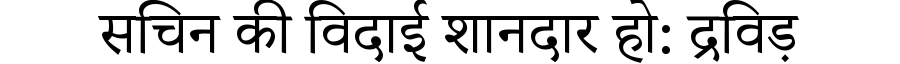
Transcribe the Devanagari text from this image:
सचिन की विदाई शानदार हो: द्रविड़